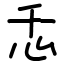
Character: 忎